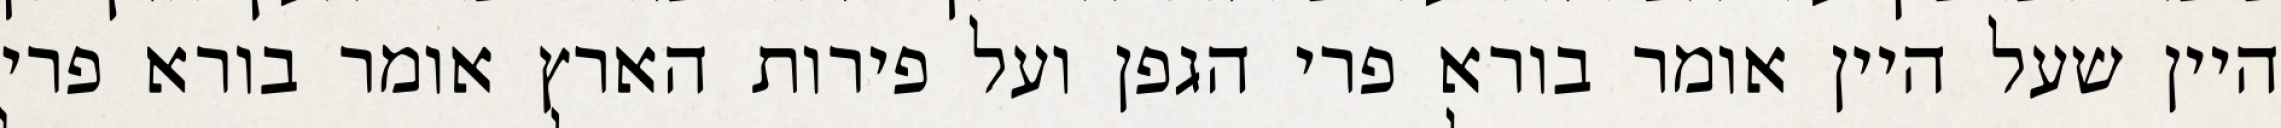
היין שעל היין אומר בורא פרי הגפן ועל פירות הארץ אומר בורא פרי